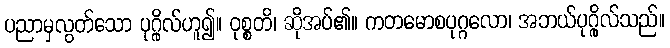
ပညာမှလွတ်သော ပုဂ္ဂိုလ်ဟူ၍။ ဝုစ္စတိ၊ ဆိုအပ်၏။ ကတမောစပုဂ္ဂလော၊ အဘယ်ပုဂ္ဂိုလ်သည်။